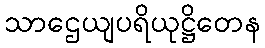
သာဌေယျပရိယုဋ္ဌိတေန